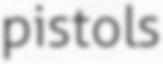
pistols